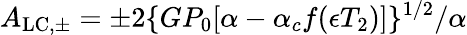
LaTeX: A_{\mathrm{LC,\pm}}=\pm 2\{ GP_{0}[\alpha-\alpha_{c}f(\epsilon T_{2})]\} ^{1/2}/\alpha